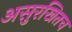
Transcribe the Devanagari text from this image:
असुरखितच